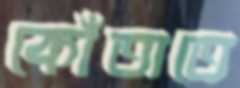
কোঁতাতে